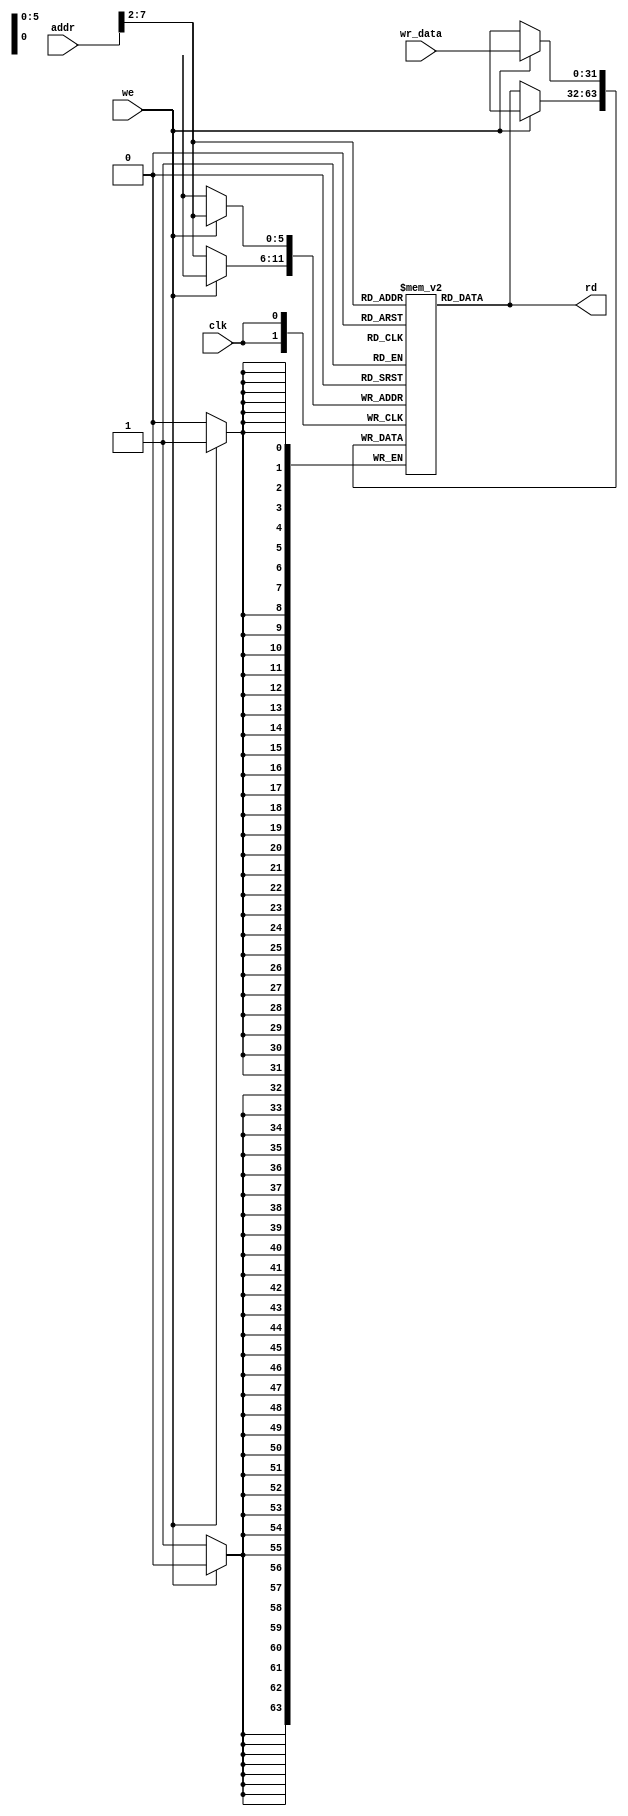
/*
 * @Author: Eric Wong 
 * @Date: 2022-01-17 16:57:13 
 * @Last Modified by:   Eric Wong 
 * @Last Modified time: 2022-01-17 16:57:13 
 */

module dmem # (
        parameter Width = 32
    )
    (
        input               clk     ,
        input   [Width-1:0] addr    ,
        input               we      ,
        input   [Width-1:0] wr_data ,
        output  [Width-1:0] rd
    );
    
    reg [Width-1:0] mem [63:0];

    always @(posedge clk) begin
        if (we) begin
            mem[addr[Width-1:2]] <= wr_data;
        end

        else begin
            mem[addr[Width-1:2]] <= mem[addr[Width-1:2]];
        end
    end

    assign rd = mem[addr[Width-1:2]];
endmodule